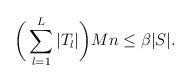
LaTeX: \begin{align*}\bigg(\sum_{l=1}^L |T_l |\bigg)Mn \leq \beta |S| .\end{align*}